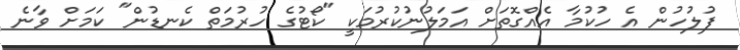
ފުލުހުން އެ ހުކުމާ އެއްގޮތަށް އަމަލުނުކުރުމަކީ "ކޯޓުގެ ހުރުމަތް ކެނޑުން" ކަމަށް ވާނެ